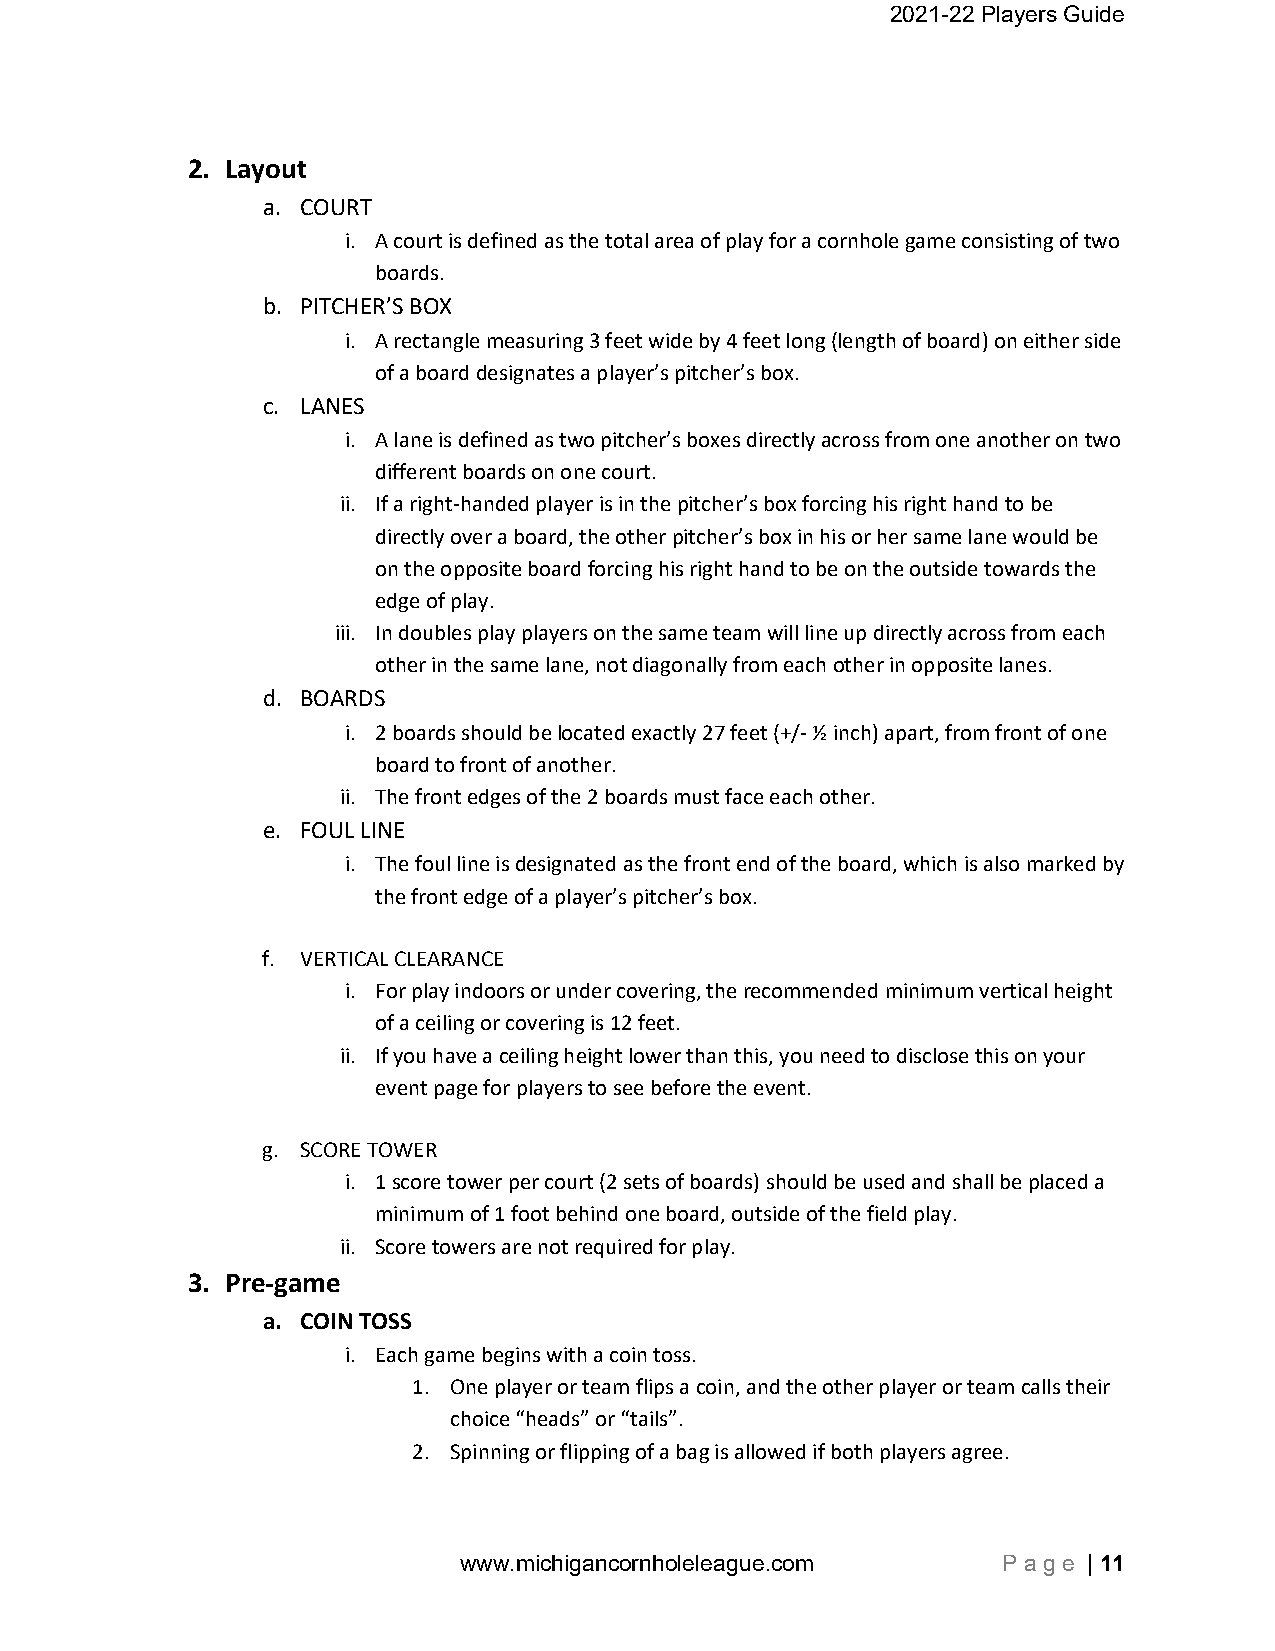
2021-22 Players Guide
 2. Layout
 a. COURT
 i. A court is defined as the total area of play for a cornhole game consisting of two
 boards.
 b. PITCHER’S BOX
 i. A rectangle measuring 3 feet wide by 4 feet long (length of board) on either side
 of a board designates a player’s pitcher’s box.
 c. LANES
 i. A lane is defined as two pitcher’s boxes directly across from one another on two
 different boards on one court.
 ii. If a right‐handed player is in the pitcher’s box forcing his right hand to be
 directly over a board, the other pitcher’s box in his or her same lane would be
 on the opposite board forcing his right hand to be on the outside towards the
 edge of play.
 iii. In doubles play players on the same team will line up directly across from each
 other in the same lane, not diagonally from each other in opposite lanes.
 d. BOARDS
 i. 2 boards should be located exactly 27 feet (+/‐ ½ inch) apart, from front of one
 board to front of another.
 ii. The front edges of the 2 boards must face each other.
 e. FOUL LINE
 i. The foul line is designated as the front end of the board, which is also marked by
 the front edge of a player’s pitcher’s box.
 f. VERTICAL CLEARANCE
 i. For play indoors or under covering, the recommended minimum vertical height
 of a ceiling or covering is 12 feet.
 ii. If you have a ceiling height lower than this, you need to disclose this on your
 event page for players to see before the event.
 g. SCORE TOWER
 i. 1 score tower per court (2 sets of boards) should be used and shall be placed a
 minimum of 1 foot behind one board, outside of the field play.
 ii. Score towers are not required for play.
 3. Pre‐game
 a. COIN TOSS
 i. Each game begins with a coin toss.
 1. One player or team flips a coin, and the other player or team calls their
 choice “heads” or “tails”.
 2. Spinning or flipping of a bag is allowed if both players agree.
 www.michigancornholeleague.com      P a g e | 11